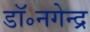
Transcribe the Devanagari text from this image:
डॉ॰नगेन्द्र